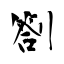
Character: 劄